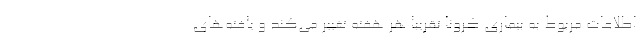
اطلاعات مربوط به بیماری کرونا تقریبا هر هفته تغییر می‌کند و یافته‌های